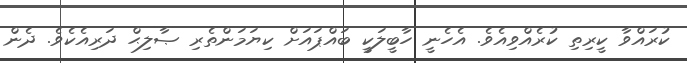
ކުރައްވާ ކީރިތި ކުރެއްވިއެވެ. އެހެނީ ހާބީލަކީ ބައްޕައަށް ކިޔަމަންތެރި ޞާލިޙް ދަރިއެކެވެ. ދެން